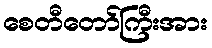
စေတီတော်ကြီးအား